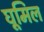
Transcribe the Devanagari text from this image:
घूमिल